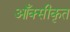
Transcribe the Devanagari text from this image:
आँक्सीकृत